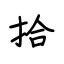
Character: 拾